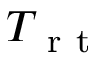
T _ { \mathrm { ~ r ~ t ~ } }